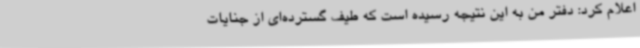
اعلام کرد: دفتر من به این نتیجه رسیده است که طیف گسترده‌ای از جنایات